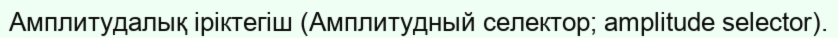
Амплитудалық іріктегіш (Амплитудный селектор; amplitude selector).